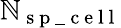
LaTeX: \mathbb{N}_{\mathrm{{~s~p~\_ ~c~e~l~l~}}}